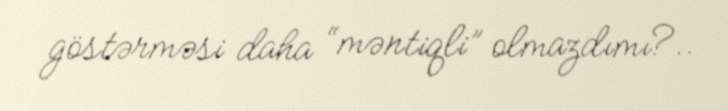
göstərməsi daha “məntiqli” olmazdımı?..